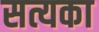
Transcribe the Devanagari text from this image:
सत्यका